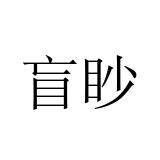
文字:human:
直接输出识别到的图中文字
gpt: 盲眇